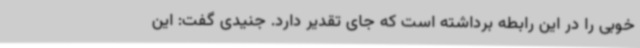
خوبی را در این رابطه برداشته است که جای تقدیر دارد. جنیدی گفت: این